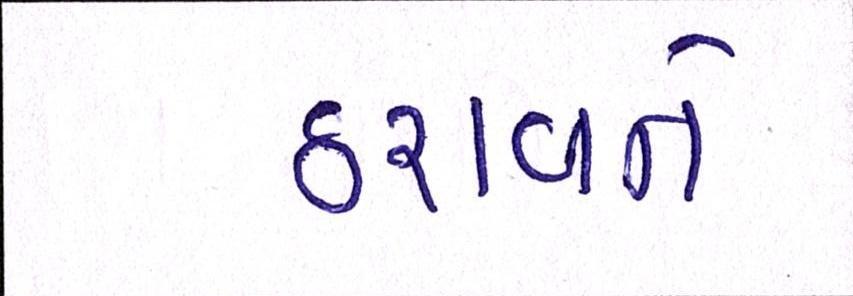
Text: ઠરાવને